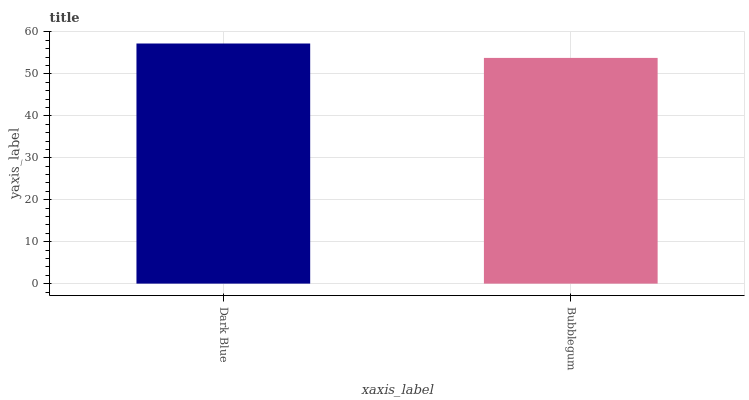
| xaxis_label | bars |
 | --- | --- |
 | Dark Blue | 57.3 |
 | Bubblegum | 53.8 |